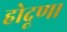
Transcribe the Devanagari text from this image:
होदूण।